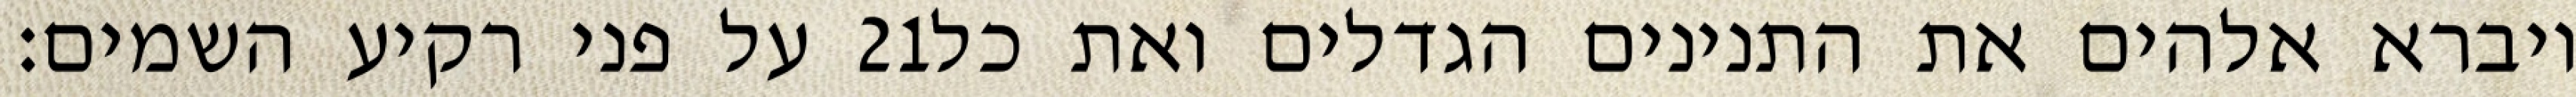
על פני רקיע השמים׃ ‎21‏ ויברא אלהים את התנינים הגדלים ואת כל